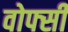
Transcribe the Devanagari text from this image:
वोफ्सी